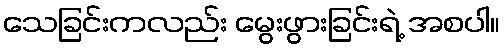
သေခြင်းကလည်း မွေးဖွားခြင်းရဲ့ အစပါ။